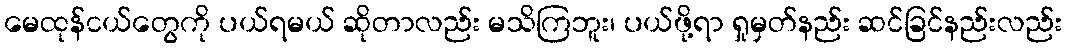
မေထုန်ငယ်တွေကို ပယ်ရမယ် ဆိုတာလည်း မသိကြဘူး၊ ပယ်ဖို့ရာ ရှုမှတ်နည်း ဆင်ခြင်နည်းလည်း